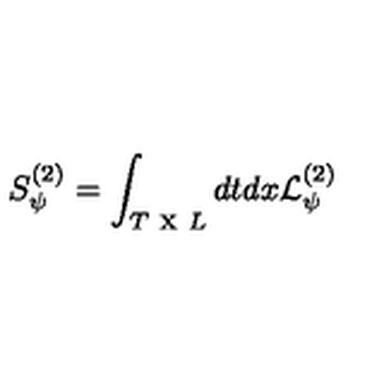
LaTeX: S _ { \psi } ^ { ( 2 ) } = \int _ { T \textrm { x } L } d t d x { { \mathcal { L } } } _ { \psi } ^ { ( 2 ) }